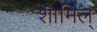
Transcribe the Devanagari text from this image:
शामिल्